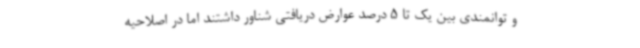
و توانمندی بین یک تا 5 درصد عوارض دریافتی شناور داشتند اما در اصلاحیه